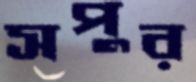
সপুর